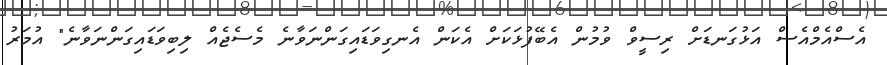
އެސްއެމްއެސް އަޅުގަނޑަށް ރިސީވް ވުމުން އެބޭފުޅަކަށް އެކަން އެނގިވަޑައިގަންނަވާނެ މެސެޖެއް ލިބިވަޑައިގަންނަވާނެ" އުމަރު